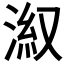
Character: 𣷕